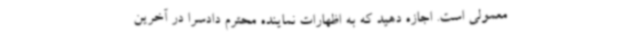
معمولی است. اجازه دهید که به اظهارات نماینده محترم دادسرا در آخرین